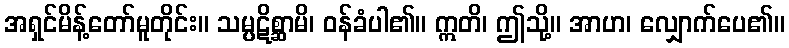
အရှင်မိန့်တော်မူတိုင်း။ သမ္ပဋိစ္ဆာမိ၊ ဝန်ခံပါ၏။ ဣတိ၊ ဤသို့။ အာဟ၊ လျှောက်ပေ၏။